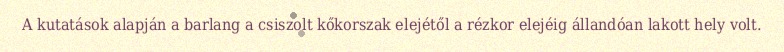
A kutatások alapján a barlang a csiszolt kőkorszak elejétől a rézkor elejéig állandóan lakott hely volt.